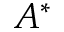
A ^ { * }